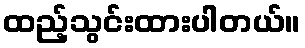
ထည့်သွင်းထားပါတယ်။